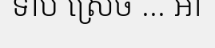
ទាប ស្រេច ... អា